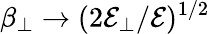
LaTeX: \beta_{\perp}\rightarrow(2\mathcal{E}_{\perp}/\mathcal{E})^{1/2}